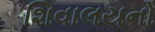
શિવાલયનો